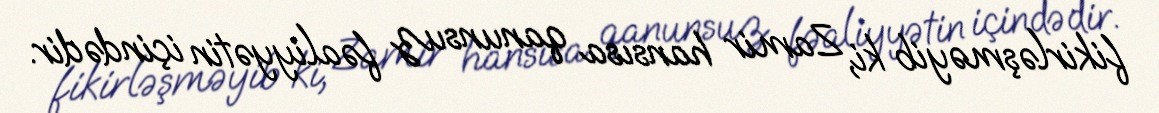
fikirləşməyib ki, Zamir hansısa qanunsuz fəaliyyətin içindədir.